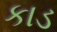
કાડ